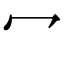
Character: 冖